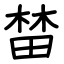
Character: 榃